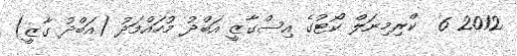
2012 6  ކްރިމިނަލް ކޯޓުގެ އިސްގާޒީ އަބްދު މުހައްމަދު (އަބްދު ގާޒީ)